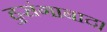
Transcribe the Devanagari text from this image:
हुसंगाबाद।